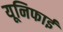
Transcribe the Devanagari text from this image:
यूनिफाई